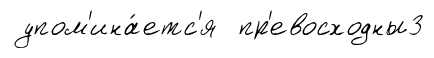
упом'ина́етс'я пр'евосходны3